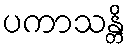
ပကာသန္တိ